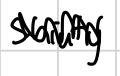
Text: Shinty
Cross-out: zig-zag
Writing tool: digital_black